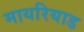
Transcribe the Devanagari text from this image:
मायरियाड